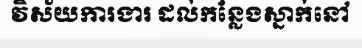
វិស័យការងារ ដល់កន្លែងស្នាក់នៅ